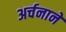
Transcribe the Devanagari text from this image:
अर्चनाने